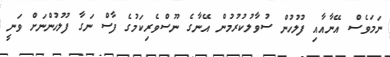
ނަމަވެސް އޭނާއާއި ފުލުހުން ސުވާލުކުރުމުން އޭނާގެ ނޫސްވެރިކަމުގެ ފާސް ނަގާ ފުލުހުންނަށް ވަނީ